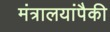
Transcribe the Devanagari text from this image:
मंत्रालयांपैकी